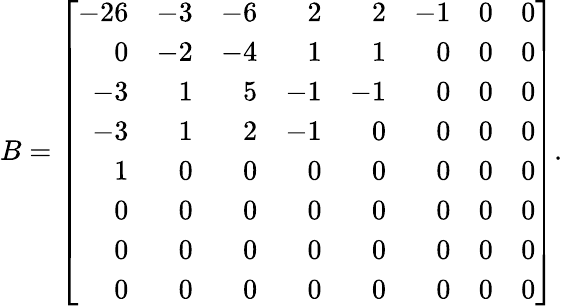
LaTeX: B=\left[{\begin{array}{rrrrrrrr}{-26}&{-3}&{-6}&{2}&{2}&{-1}&{0}&{0}\\ {0}&{-2}&{-4}&{1}&{1}&{0}&{0}&{0}\\ {-3}&{1}&{5}&{-1}&{-1}&{0}&{0}&{0}\\ {-3}&{1}&{2}&{-1}&{0}&{0}&{0}&{0}\\ {1}&{0}&{0}&{0}&{0}&{0}&{0}&{0}\\ {0}&{0}&{0}&{0}&{0}&{0}&{0}&{0}\\ {0}&{0}&{0}&{0}&{0}&{0}&{0}&{0}\\ {0}&{0}&{0}&{0}&{0}&{0}&{0}&{0}\end{array}}\right].